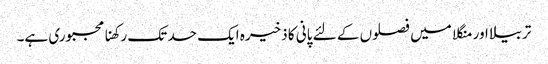
تربیلا اور منگلا میں فصلوں کے لئے پانی کا ذخیرہ ایک حد تک رکھنا مجبوری ہے۔